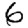
Digit: 6